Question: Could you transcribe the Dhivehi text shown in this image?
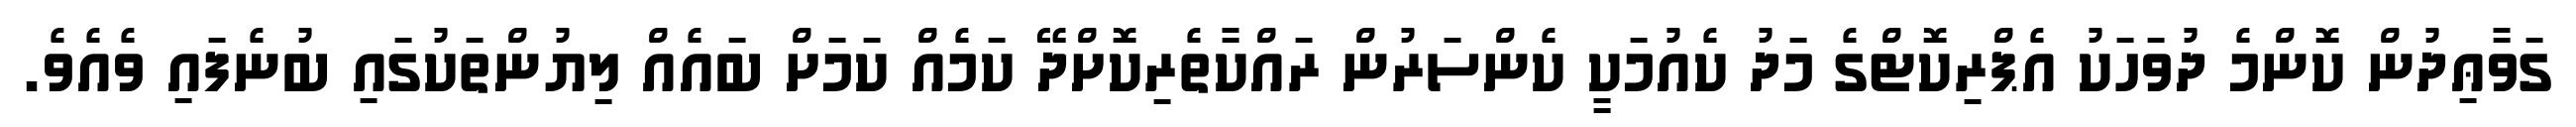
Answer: ގަވާޢިދުން ކޮންމެ ދުވަހަކު އެޕްރިކޮޓްގެ މަދު ކެއުމަކީ ކެންސަރުން ރައްކާތެރިކޮށްދޭ ކަމެއް ކަމަށް ބައެއް ލިޔުންތަކުގައި ބުނެފައި ވެއެވެ.